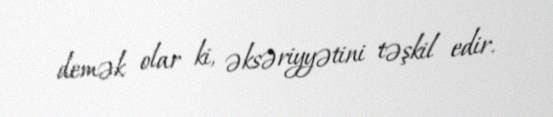
demək olar ki, əksəriyyətini təşkil edir.